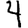
Digit: 4